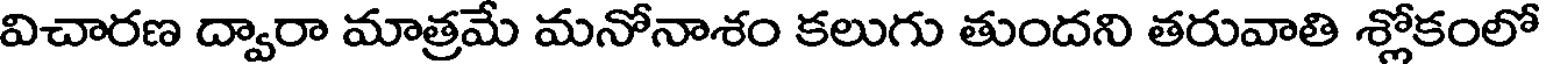
విచారణ ద్వారా మాత్రమే మనోనాశం కలుగు తుందని తరువాతి శ్లోకంలో